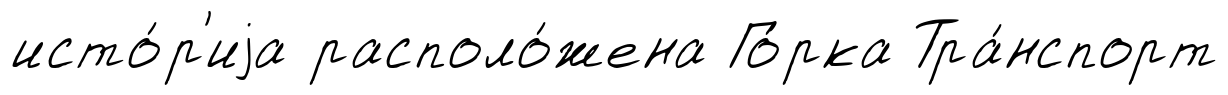
исто́р'иjа располо́жена Го́рка Тра́нспорт